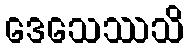
ဒေသေဿသိ